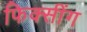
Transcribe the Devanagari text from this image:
फिक्सींग